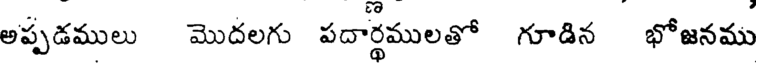
అప్పడములు మొదలగు పదార్థములతో గూడిన భోజనము